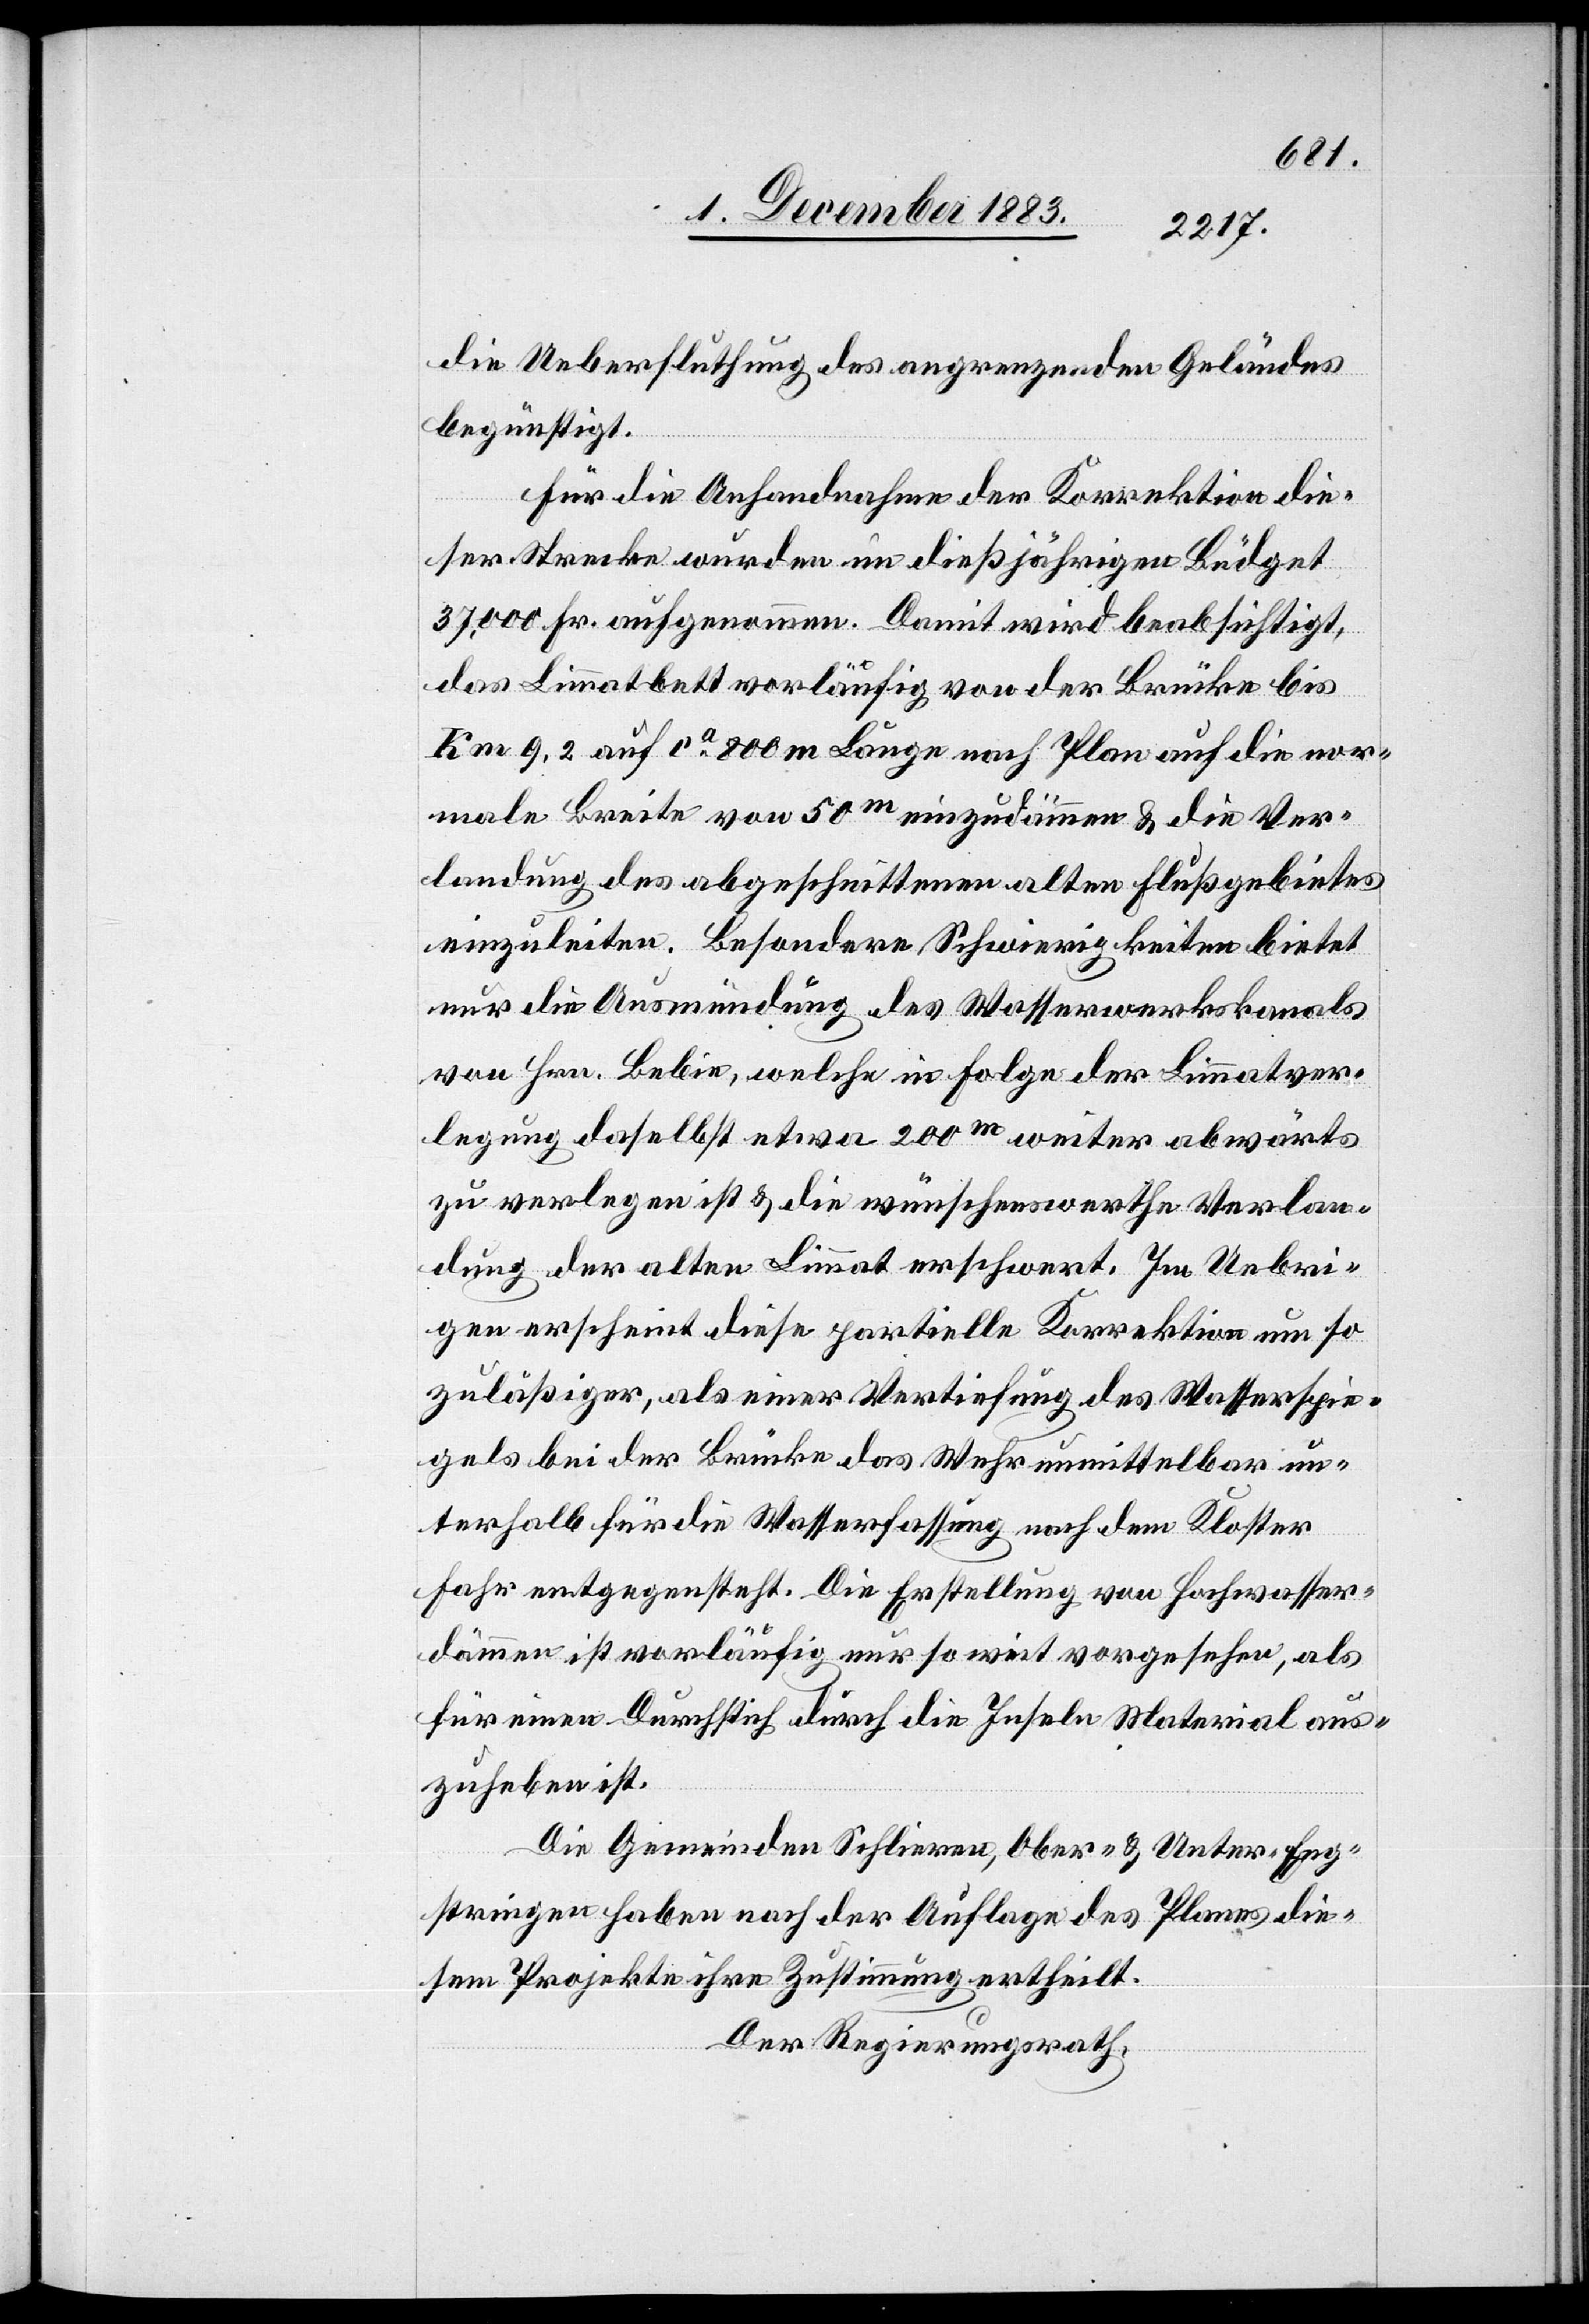
die Ueberfluthung des angrenzenden Geländes
begünstigt.
Für die Anhandnahme der Korrektion die¬
ser Strecke wurden im dießjährigen Büdget
37,000 Fr. aufgenommen. Damit wird beabsichtigt,
das Limmatbett vorläufig von der Brücke bis
Km 9,2 auf ca 800 m Länge nach Plan auf die nor¬
male Breite von 50m einzudämmen & die Ver¬
landung des abgeschnittenen alten Flußgebietes
einzuleiten. Besondere Schwierigkeiten bietet
nur die Ausmündung des Wasserwerkkanals
von Hrn. Bebin, welche in Folge der Limmatver¬
legung daselbst etwa 200m weiter abwärts
zu verlegen ist & die wünschenswerthe Verlan¬
dung der alten Limmat erschwert. Im Uebri¬
gen erscheint diese partielle Korrektion um so
zuläßiger, als einer Vertiefung des Wasserspie¬
gels bei der Brücke das Wehr unmittelbar un¬
terhalb für die Wasserfassung nach dem Kloster
Fahr entgegensteht. Die Erstellung von Hochwasser¬
dämmen ist vorläufig nur so weit vorgesehen, als
für einen Durchstich durch die Inseln Material aus¬
zuheben ist.
Die Gemeinden Schlieren, Ober- & Unter-Eng¬
stringen haben nach der Auflage des Planes die¬
sem Projekte ihre Zustimmung ertheilt.
Der Regierungsrath,